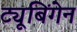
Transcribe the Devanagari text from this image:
ट्यूबिंगेन